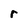
Character: r